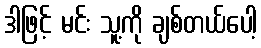
ဒါဖြင့် မင်း သူ့ကို ချစ်တယ်ပေါ့